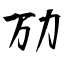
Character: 劢